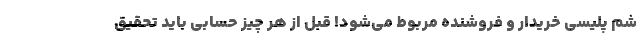
شم پلیسی خریدار و فروشنده مربوط می‌شود! قبل از هر چیز حسابی باید تحقیق